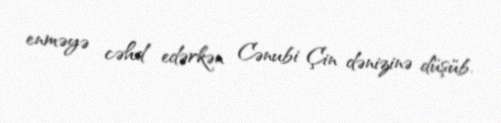
enməyə cəhd edərkən Cənubi Çin dənizinə düşüb.